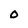
Character: O